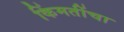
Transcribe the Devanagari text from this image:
किंमतींचा